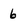
Character: 6